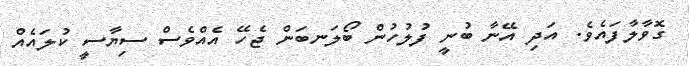
ގޮވާލާފައެވެ. އަދި އޭނާ ބުނީ ފުލުހުން ބޯލަނބަން ޖެހޭ އެއްވެސް ސިޔާސީ ކުލައެއް